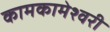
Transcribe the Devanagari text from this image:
कामकामेश्वरी